Eesti_Vabariigi_Tartu_Ulikool, lk 36
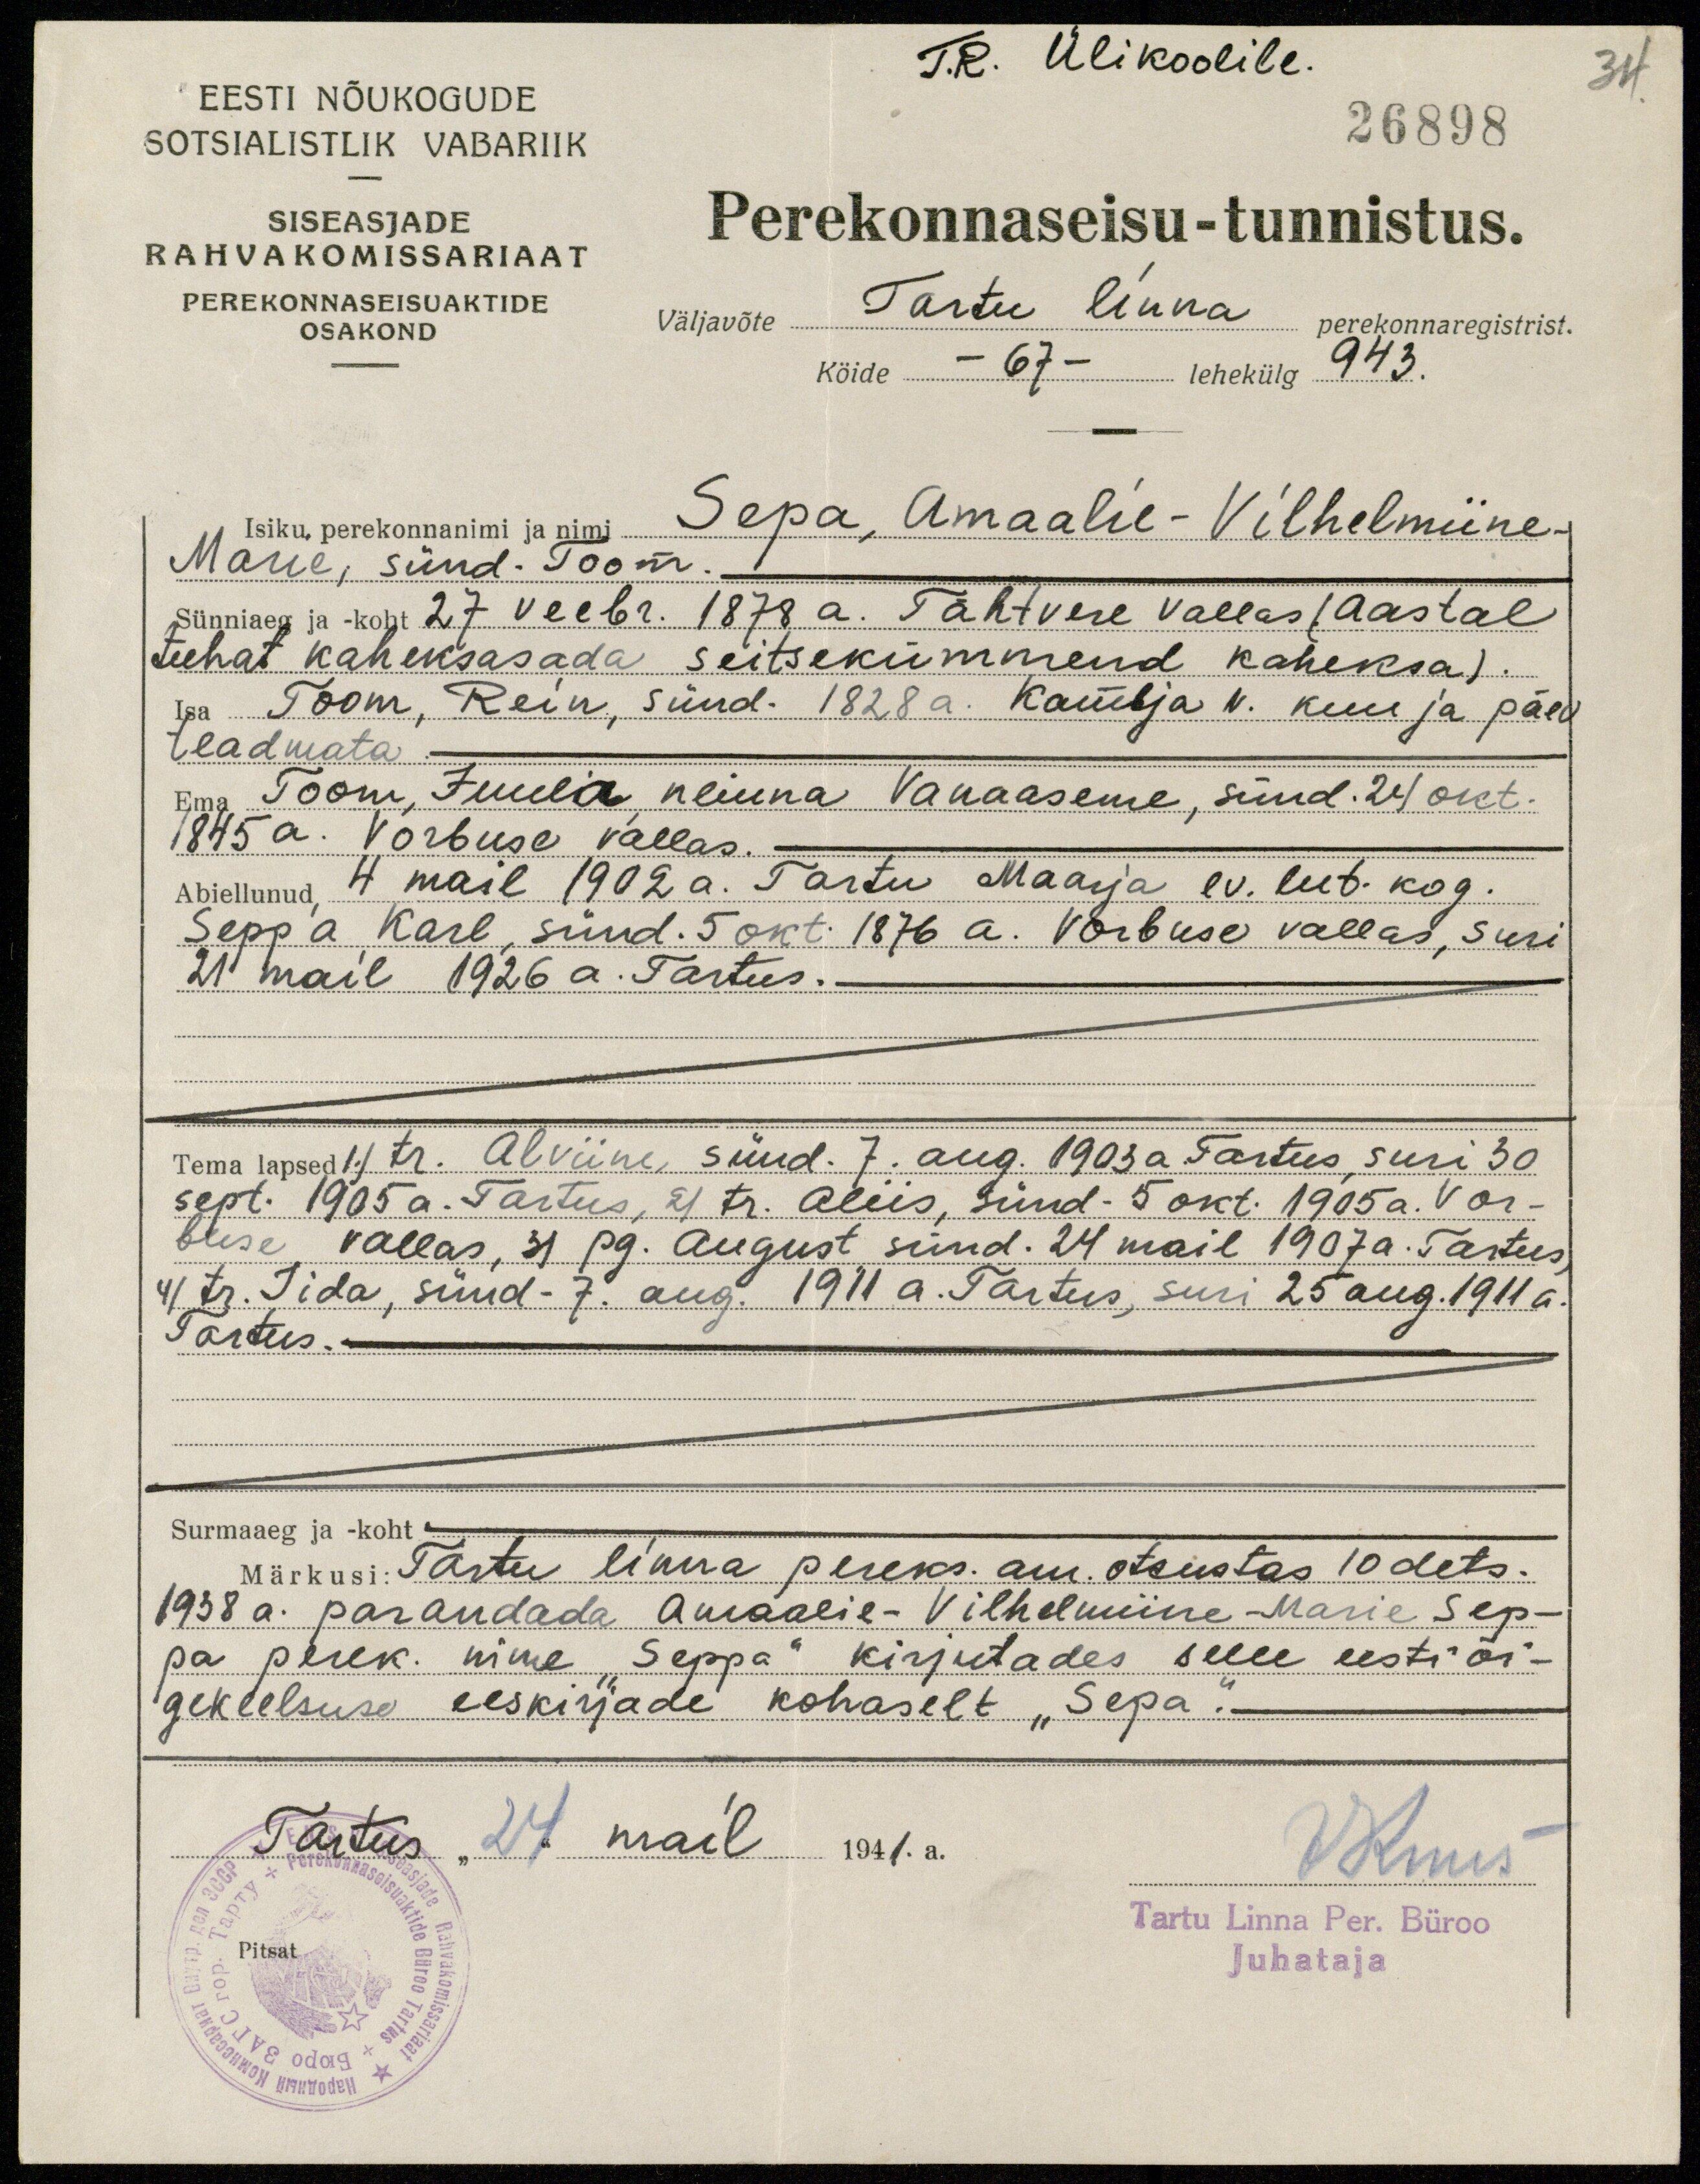
T.R. Ülikoolile.
34
26898
EESTI NÕUKOGUDE
SOTSIALISTLIK VABARIIK
SISEASJADE
RAHVAKOMISSARIAAT
PEREKONNASEISUAKTIDE
OSAKOND
Perekonnaseisu-tunnistus.
väljavõte Tartu linna perekonnaregistrist.
Köide - 67 - lehekülg 943.
Isiku, perekonnanimi ja nimi
Sepa, Amaalie-Vilhelmiine-
Marie, sünd. Toom.
Sünniaeg ja - koht 27. Veebr. 1878 a. Tähtvere vallas (aastal
tuhat kaheksasada seitsekümmend kaheksa).
Isa Toom, Rein, sünd. 1828 a. Kambja v. kuu ja päev
teadmata.
Ema Toom, Juulia, neiuna Vanaaseme, sünd. 24 okt.
1845 a. Vorbuse vallas.
Abiellunud 4 mail 1902 a. Tartu Maarja ev. lut. kog.
Seppa Karl, sünd. 5 okt. 1876 a. Vorbuse vallas, suri
21 mail 1926 a. Tartus.
Tema lapsed 1) tr. Alviine, sünd. 7. aug. 1903 a. Tartus, suri 30
sept. 1905 a. Tartus, 2) tr. Aliis, sünd- 5 okt. 1905 a. Vor-
buse vallas, 3) pg. August sünd. 24 mail 1907 a. Tartus,
4) tr. Iida, sünd- 7. aug. 1911 a. Tartus, suri 25 aug.1911 a.
Tartus.
Surmaaeg ja - koht
Märkusi: Tartu linna pereks. am. otsustas 10 dets.
1938 a. parandada Amaalie-Vilhelmine-Marie Sep-
pa perek. nime "Seppa" kirjutades selle eesti õi-
gekeelsuse eeskirjade kohaselt "Sepa".
Tartus "24" mail 1941.a.
V Kuus
Tartu Linna Per. Büroo
Pitsat
Juhataja